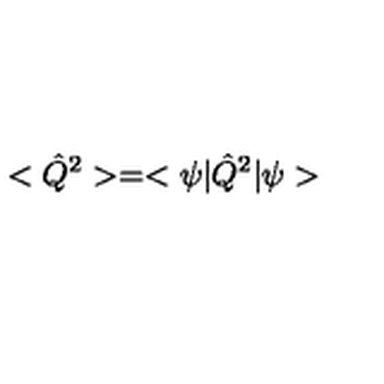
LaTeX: < \hat { Q } ^ { 2 } > = < \psi | \hat { Q } ^ { 2 } | \psi >